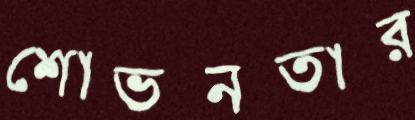
শোভনতার